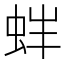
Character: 𧉳